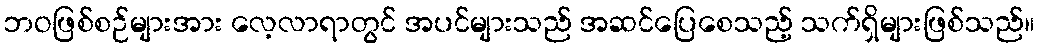
ဘဝဖြစ်စဉ်များအား လေ့လာရာတွင် အပင်များသည် အဆင်ပြေစေသည့် သက်ရှိများဖြစ်သည်။